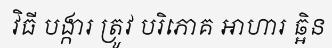
វិធី បង្ការ ត្រូវ បរិភោគ អាហារ ឆ្អិន